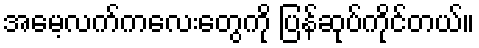
အမေ့လက်ကလေးတွေကို ပြန်ဆုပ်ကိုင်တယ်။